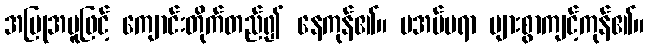
အပြုအမူဖြင့် ကျောင်းတိုက်တည်၍ နေကုန်၏။ မအပ်မရာ များစွာကျင့်ကုန်၏။